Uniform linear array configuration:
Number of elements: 64
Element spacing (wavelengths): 0.5
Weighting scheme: binomial
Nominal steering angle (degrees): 60
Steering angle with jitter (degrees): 58.069
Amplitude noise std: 0.05
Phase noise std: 0.05

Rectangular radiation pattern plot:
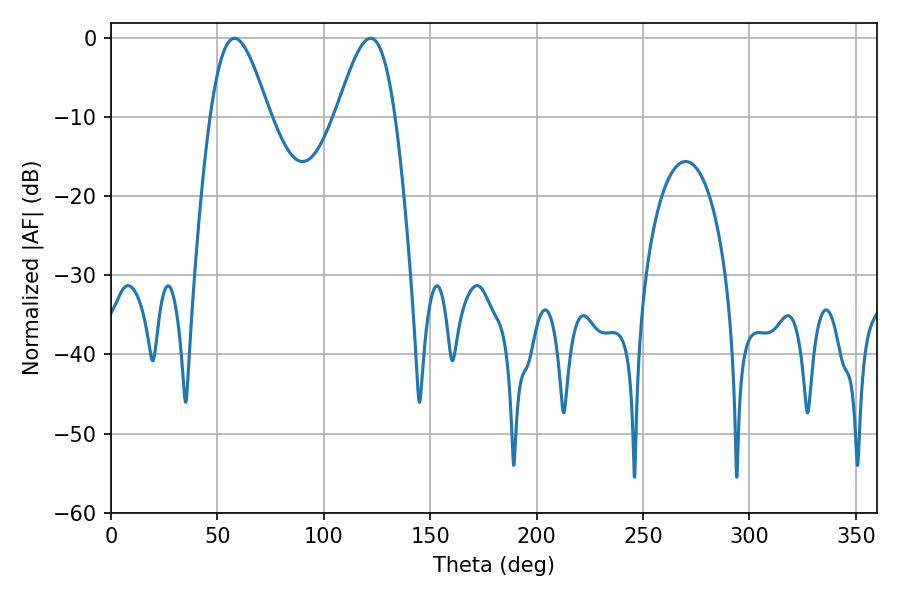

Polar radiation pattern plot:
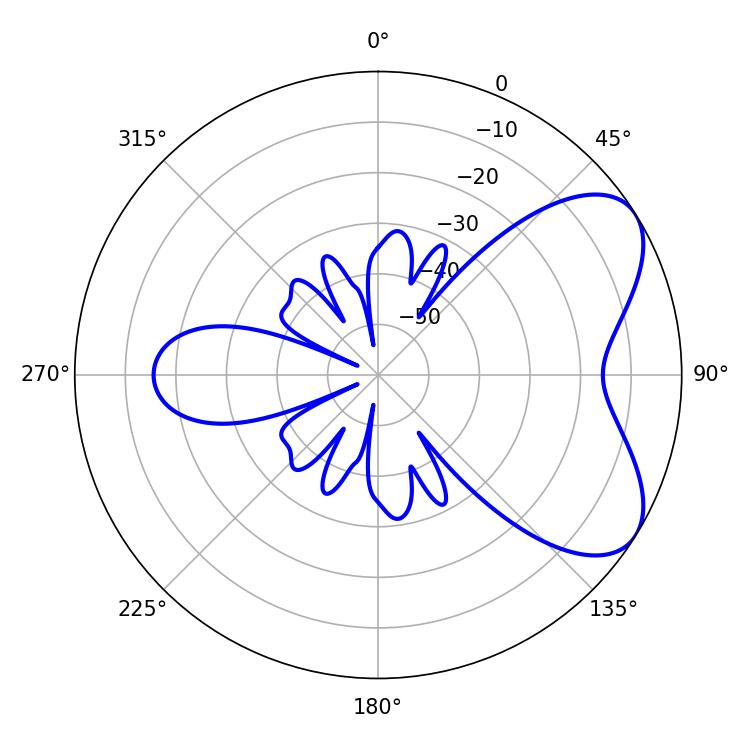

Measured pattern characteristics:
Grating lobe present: FALSE
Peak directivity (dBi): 6.099
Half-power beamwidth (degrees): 14.76
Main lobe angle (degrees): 57.96